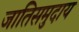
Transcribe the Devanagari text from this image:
जातिसमुदाय